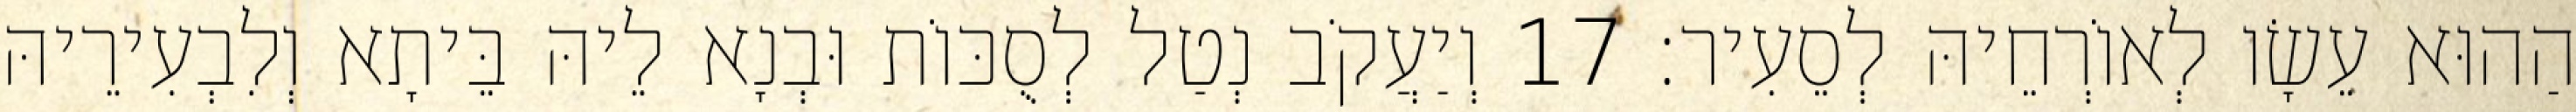
הַהוּא עֵשָׂו לְאוֹרְחֵיהּ לְסֵעִיר׃ 17 וְיַעֲקֹב נְטַל לְסֻכּוֹת וּבְנָא לֵיהּ בֵּיתָא וְלִבְעִירֵיהּ